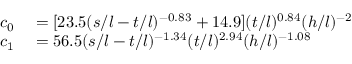
\begin{array} { r l } { c _ { 0 } } & { { } = [ 2 3 . 5 ( s / l - t / l ) ^ { - 0 . 8 3 } + 1 4 . 9 ] ( t / l ) ^ { 0 . 8 4 } ( h / l ) ^ { - 2 } } \\ { c _ { 1 } } & { { } = 5 6 . 5 ( s / l - t / l ) ^ { - 1 . 3 4 } ( t / l ) ^ { 2 . 9 4 } ( h / l ) ^ { - 1 . 0 8 } } \end{array}